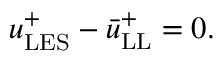
u _ { \mathrm { L E S } } ^ { + } - \bar { u } _ { \mathrm { L L } } ^ { + } = 0 .